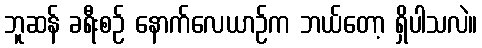
ဘူဆန် ခရီးစဉ် နောက်လေယာဉ်က ဘယ်တော့ ရှိပါသလဲ။